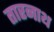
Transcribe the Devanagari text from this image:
तारनाथ